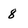
Character: 8